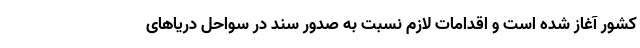
کشور آغاز شده است و اقدامات لازم نسبت به صدور سند در سواحل دریاهای